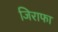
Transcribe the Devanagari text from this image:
जिराफा